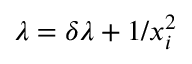
\lambda = \delta \lambda + 1 / x _ { i } ^ { 2 }